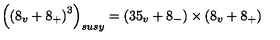
\left( \left( 8 _ { v } + 8 _ { + } \right) ^ { 3 } \right) _ { s u s y } = \left( 3 5 _ { v } + 8 _ { - } \right) \times \left( 8 _ { v } + 8 _ { + } \right)